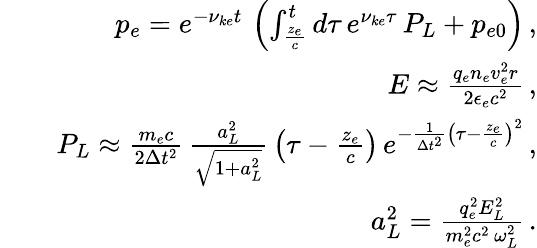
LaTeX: \begin{array}{rlr}&{}&{p_{e}=e^{-\nu_{ke}t}\, \left(\int_{\frac{z_{e}}{c}}^{t}d\tau\, e^{\nu_{ke}\tau}\, P_{L}+p_{e0}\right)\, ,}\\ &{}&{E\approx\frac{q_{e}n_{e}v_{e}^{2}r}{2\epsilon_{e}c^{2}}\, ,}\\ &{}&{P_{L}\approx\frac{m_{e}c}{2\Delta t^{2}}\, \frac{a_{L}^{2}}{\sqrt{1+a_{L}^{2}}}\, \left(\tau-\frac{z_{e}}{c}\right)\, e^{-\frac{1}{\Delta t^{2}}\left(\tau-\frac{z_{e}}{c}\right)^{2}}\, ,}\\ &{}&{a_{L}^{2}=\frac{q_{e}^{2}E_{L}^{2}}{m_{e}^{2}c^{2}\, \omega_{L}^{2}}\, .}\end{array}